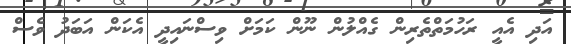
އަދި އެއީ ރަހުމަތްތެރިން ގެއްލުން ނޫން ކަމަށް ވިސްނައިދީ އެކަން އަބަދު ވެސް